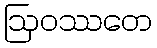
ဩဝဿတေ